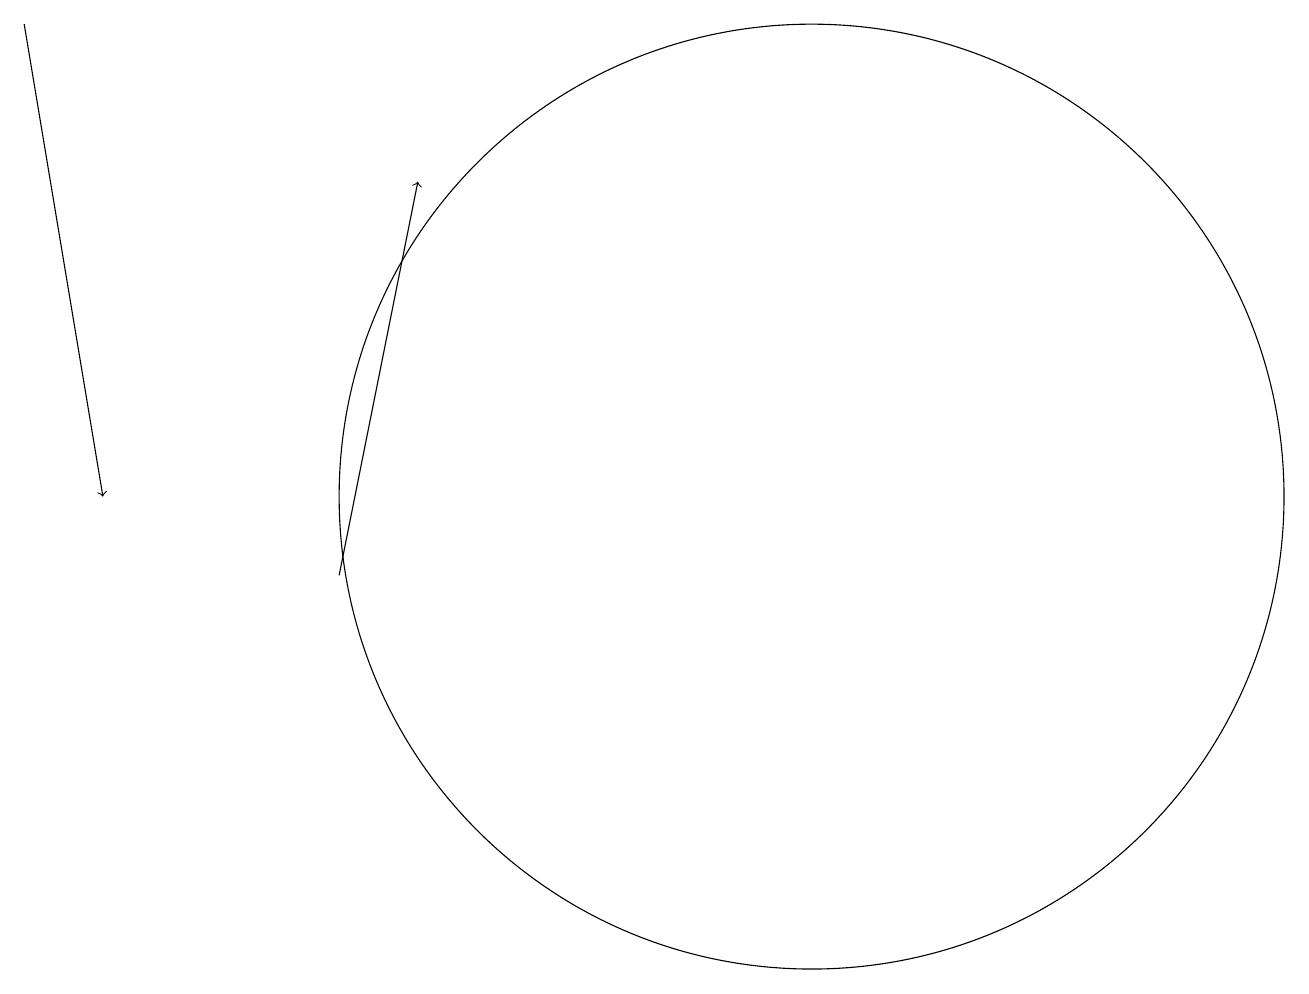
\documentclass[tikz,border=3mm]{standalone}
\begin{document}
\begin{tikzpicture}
\draw[->] (0,18) -- (1,12);
\draw (10,12) circle (6);
\draw[->] (4,11) -- (5,16);
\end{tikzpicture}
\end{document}